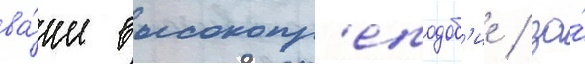
ва́ше высокопр'еподоб'ие / за́